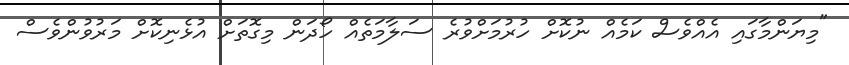
"މިޔަންމާގައި އެއްވެސް ކަމެއް ނުކޮށް ހުރުމަށްވުރެ ސަލާމަތެއް ހޯދަން މިގޮތަށް އުޅެނިކޮށް މަރުވުންވެސް